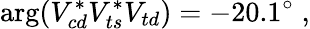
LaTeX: \arg(V_{cd}^{*}V_{ts}^{*}V_{td})=-20.1^{\circ}\; ,